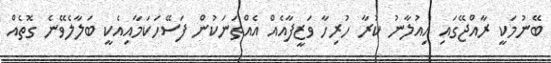
ބޭނުމަކީ ރާއްޖޭގައި އިއުލާނު ކުރާ ހުރިހާ ވަޒީފާއެއް އެއްތަނަކުން ފަސޭހަކަމާއިއެކީ ބަލާލެވޭނެ ގޮތެއް